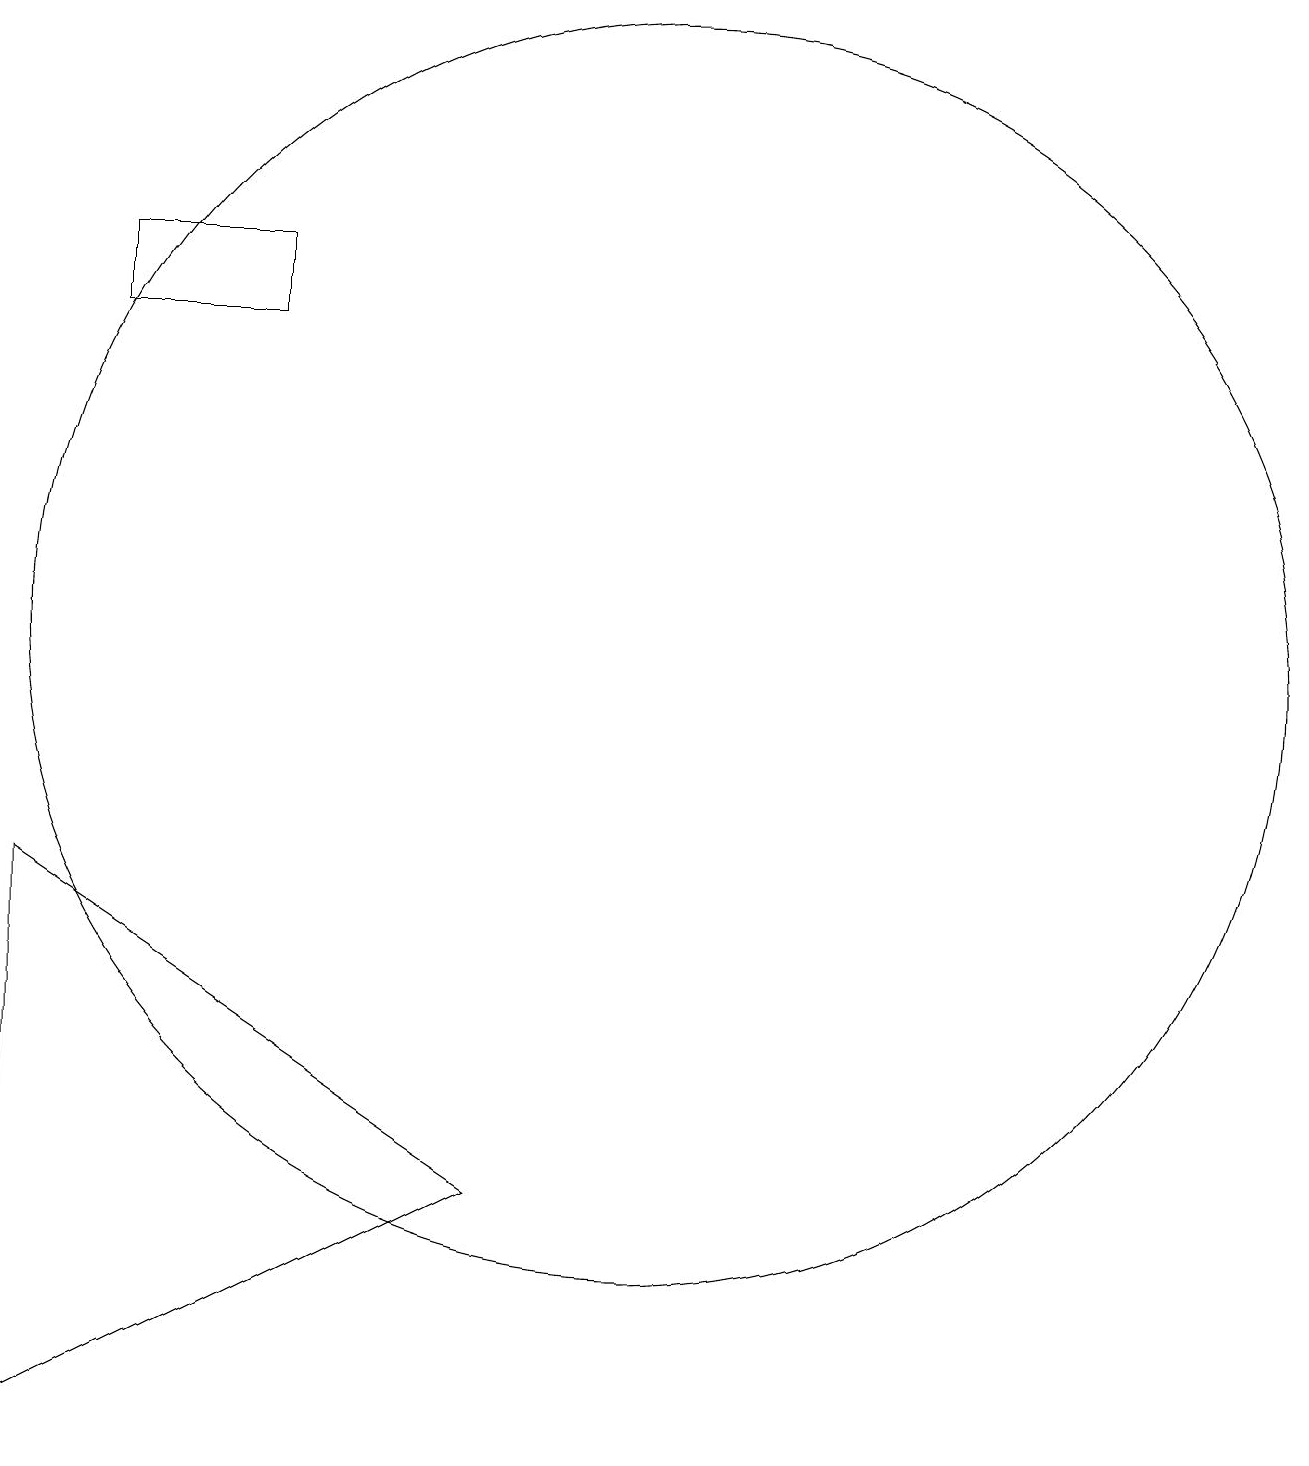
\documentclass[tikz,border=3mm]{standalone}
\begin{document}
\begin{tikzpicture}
\draw (10,11) circle (8);
\draw (8,4) -- (2,1) -- (2,8) -- cycle;
\draw (5,15) rectangle (3,16);
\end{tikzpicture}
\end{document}